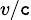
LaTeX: \scriptstyle{v/\mathtt{c}}